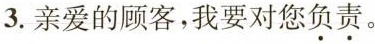
3.亲爱的顾客，我要对您负责。